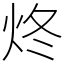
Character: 炵